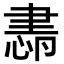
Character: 𦘜